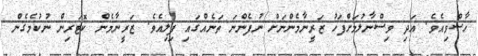
ހާސްވިއެވެ. އަދި ވިސްނާލުމަށްފަހު ޒަރީނާމެންނަށް ނުފެންނަ ތަނެއްގައި ފިލިއެވެ. ޒަރީނާމެން ކޮޓަރިން ނުކުމެގެން